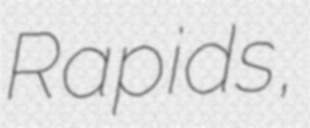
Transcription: Rapids,